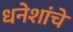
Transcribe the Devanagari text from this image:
धनेशांचे